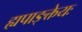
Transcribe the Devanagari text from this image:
ह्यपाङ्क्तेयः